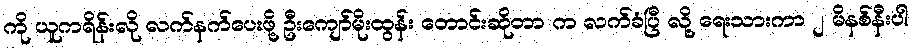
ကို ယူကရိန်းလို လက်နက်ပေးဖို့ ဦးကျော်မိုးထွန်း တောင်းဆိုတာ က လက်ခံပြီ လို့ ရေးသားကာ ၂ မိနစ်နီးပါ